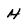
Character: H